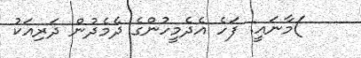
)މާނައީ: ފަހެ އެދެމީހުންގެ ދެމެދުން ދަރިއަކު